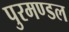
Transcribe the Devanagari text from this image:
पुरमण्डल